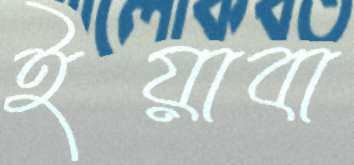
ইয়াবা